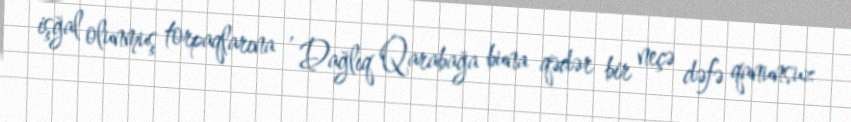
işğal olunmuş torpaqlarına , Dağlıq Qarabağa buna qədər bir neçə dəfə qanunsuz